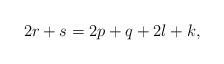
LaTeX: \begin{align*}2r+s = 2p+q + 2l+k,\end{align*}